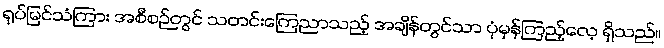
ရုပ်မြင်သံကြား အစီစဉ်တွင် သတင်းကြေညာသည့် အချိန်တွင်သာ ပုံမှန်ကြည့်လေ့ ရှိသည်။